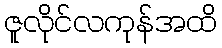
ဇူလိုင်လကုန်အထိ